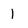
Character: 1